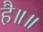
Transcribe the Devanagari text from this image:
है॥॥